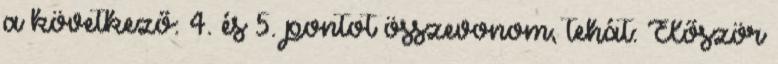
a következő: 4. és 5. pontot összevonom, tehát: Először